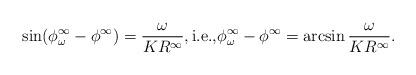
LaTeX: \begin{align*} \sin(\phi^{\infty}_\omega - \phi^{\infty}) = \frac{\omega}{K R^{\infty}}, \mbox{i.e.,} \phi^{\infty}_\omega - \phi^{\infty} = \arcsin \frac{\omega}{K R^{\infty}}.\end{align*}